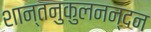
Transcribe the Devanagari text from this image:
शान्तनुकुलनन्दन